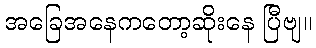
အခြေအနေကတော့ဆိုးနေ ပြီဗျ။